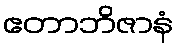
ဧတာဘိဇာနံ